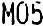
M05